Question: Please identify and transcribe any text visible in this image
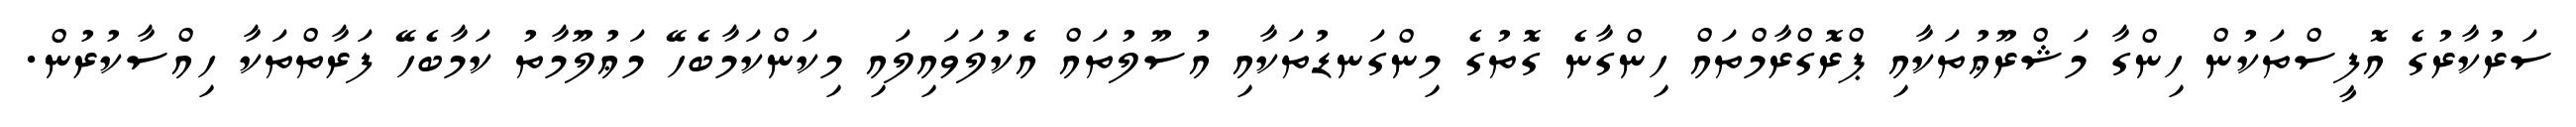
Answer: ސަރުކާރުގެ އޮފީސްތަކުން ހިންގާ މަޝްރޫޢުތަކާއި ޕްރޮގްރާމްތައް ހިންގާނެ ގޮތުގެ މިންގަނޑުތަކާއި އުސޫލުތައް އެކުލަވައިލައި މިކަންކަމާބެހޭ މަޢުލޫމާތު ކަމާބެހޭ ފަރާތްތަކާ ހިއްސާކުރުން.